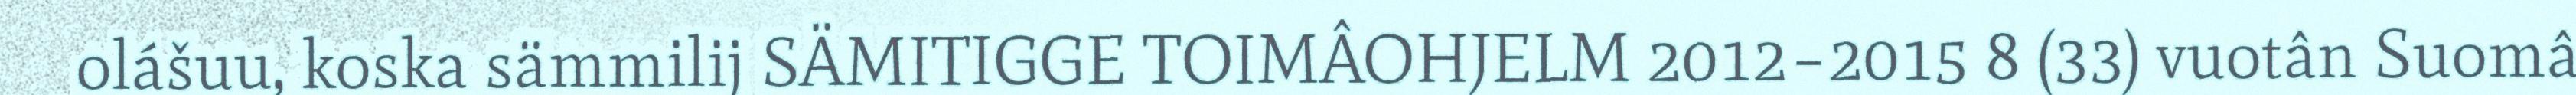
olášuu, koska sämmilij SÄMITIGGE TOIMÂOHJELM 2012–2015 8 (33) vuotân Suomâ